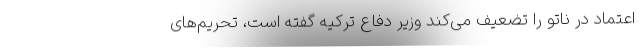
اعتماد در ناتو را تضعیف می‌کند وزیر دفاع ترکیه گفته است، تحریم‌های